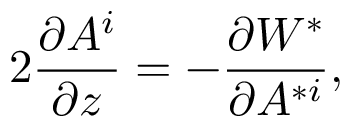
2 \frac { \partial A ^ { i } } { \partial z } = - \frac { \partial { \cal W } ^ { * } } { \partial A ^ { * i } } ,